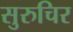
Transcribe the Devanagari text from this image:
सुरुचिर